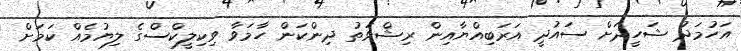
އަހުމަދު ޝަހީދަށް ސައުދީ އަރަބިއްޔާއިން ރިޝްވަތު ދިންކަން ހާމަވާ ވިކިލީކްސްގެ ލިޔުމެއް ކަމަށް